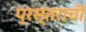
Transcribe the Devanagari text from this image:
प्रस्तराची